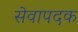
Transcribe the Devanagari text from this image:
सेवापदक